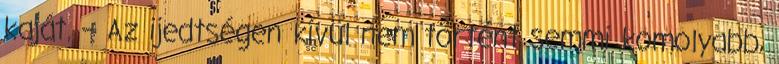
kaját. – Az ijedtségen kívül nem történt semmi komolyabb,